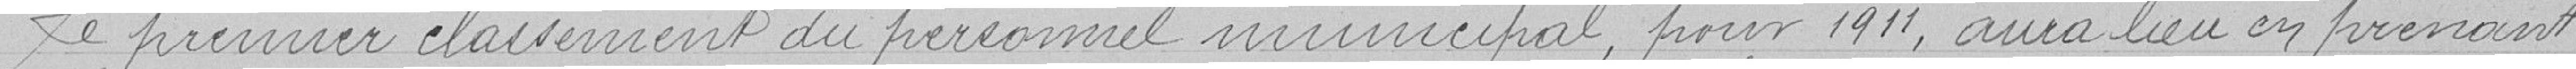
Le premier classement du personnel municipal, pour 1911, aura lieu en prenant